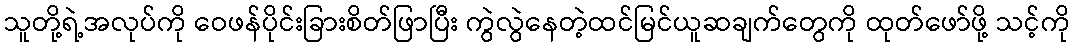
သူတို့ရဲ့အလုပ်ကို ဝေဖန်ပိုင်းခြားစိတ်ဖြာပြီး ကွဲလွဲနေတဲ့ထင်မြင်ယူဆချက်တွေကို ထုတ်ဖော်ဖို့ သင့်ကို